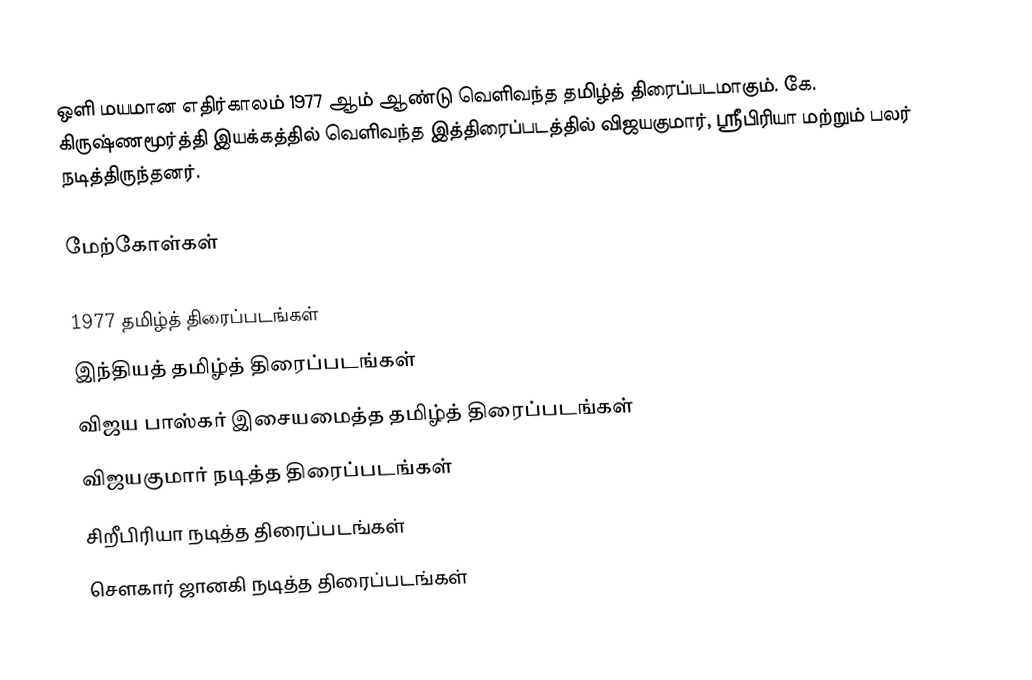
ஒளி மயமான எதிர்காலம் 1977 ஆம் ஆண்டு வெளிவந்த தமிழ்த் திரைப்படமாகும். கே. கிருஷ்ணமூர்த்தி இயக்கத்தில் வெளிவந்த இத்திரைப்படத்தில் விஜயகுமார், ஸ்ரீபிரியா மற்றும் பலர் நடித்திருந்தனர்.

மேற்கோள்கள்

1977 தமிழ்த் திரைப்படங்கள்
இந்தியத் தமிழ்த் திரைப்படங்கள்
விஜய பாஸ்கர் இசையமைத்த தமிழ்த் திரைப்படங்கள்
விஜயகுமார் நடித்த திரைப்படங்கள்
சிறீபிரியா நடித்த திரைப்படங்கள்
சௌகார் ஜானகி நடித்த திரைப்படங்கள்